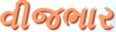
વીજભાર